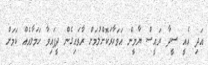
އަދި އެއީ ސީދާ ރައީސް ޔާމީން އަވަހާރަކޮށްލުމަށް ރާވައިގެން ދީފައިވާ ހަމަލާއެއް ކަމަށް